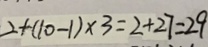
2 + ( 1 0 - 1 ) \times 3 = 2 + 2 7 = 2 9